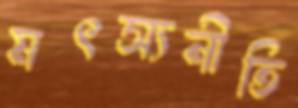
মৎস্যনীতি